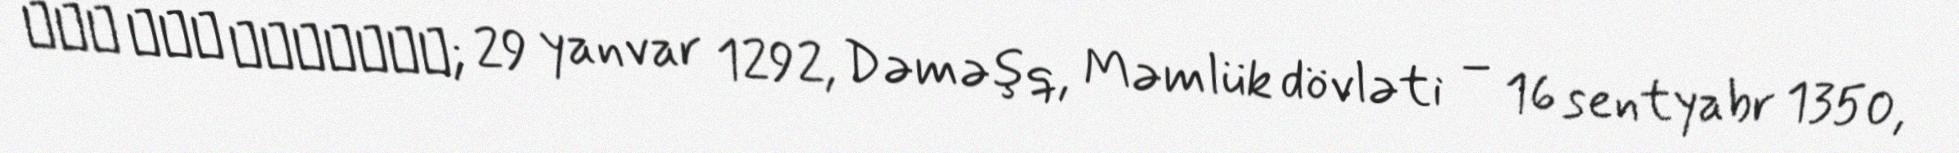
ابن قيم الجوزية; 29 yanvar 1292, Dəməşq, Məmlük dövləti – 16 sentyabr 1350,